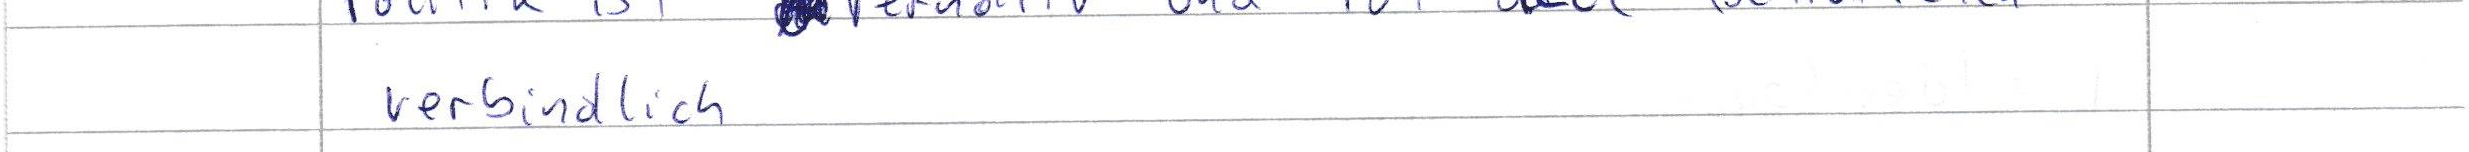
verbindlich